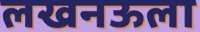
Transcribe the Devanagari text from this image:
लखनऊला